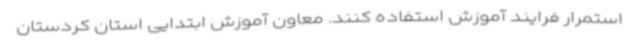
استمرار فرایند آموزش استفاده کنند. معاون آموزش ابتدایی استان کردستان